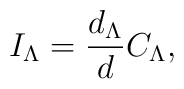
I_{\Lambda}={d_{\Lambda}\over d}C_{\Lambda},